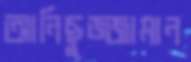
আনিছুজ্জামান